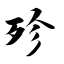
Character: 殄